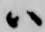
ハ